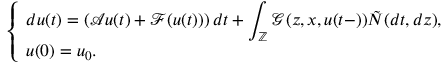
\left\{ \begin{array} { l l } { \displaystyle d u ( t ) = \left( \mathcal { A } u ( t ) + \mathcal { F } ( u ( t ) ) \right) d t + \int _ { \mathbb { Z } } \mathcal { G } ( z , x , u ( t - ) ) \tilde { N } ( d t , d z ) , } \\ { u ( 0 ) = u _ { 0 } . } \end{array} \right.